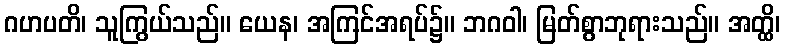
ဂဟပတိ၊ သူကြွယ်သည်။ ယေန၊ အကြင်အရပ်၌။ ဘဂဝါ၊ မြတ်စွာဘုရားသည်။ အတ္ထိ၊